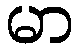
မာ